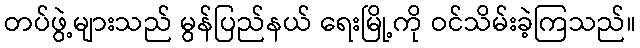
တပ်ဖွဲ့များသည် မွန်ပြည်နယ် ရေးမြို့ကို ဝင်သိမ်းခဲ့ကြသည်။